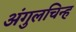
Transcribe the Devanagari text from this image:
अंगुलचिन्ह